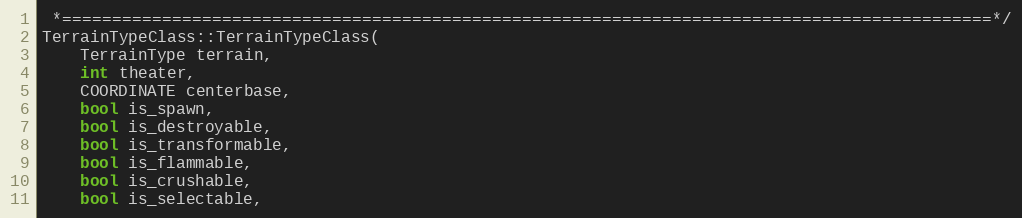
Language: C++
 *=============================================================================================*/
TerrainTypeClass::TerrainTypeClass(
	TerrainType terrain,
	int theater,
	COORDINATE centerbase,
	bool is_spawn,
	bool is_destroyable,
	bool is_transformable,
	bool is_flammable,
	bool is_crushable,
	bool is_selectable,